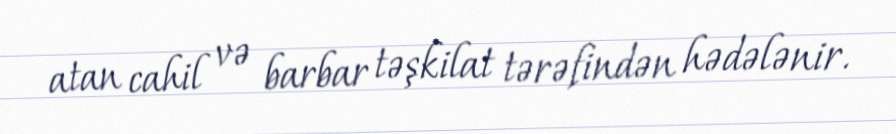
atan cahil və barbar təşkilat tərəfindən hədələnir.